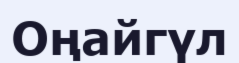
Оңайгүл